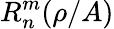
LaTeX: R_{n}^{m}(\rho/A)